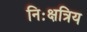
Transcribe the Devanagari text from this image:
निःक्षत्रिय